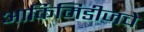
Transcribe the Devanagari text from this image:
आर्किमिडीजचे